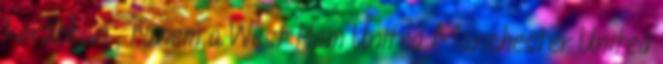
korábban , hanem a West Ham United Manchester United